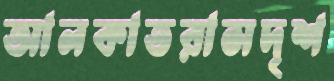
আলকাতরাসদৃশ